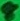
Text: 8